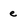
Character: e